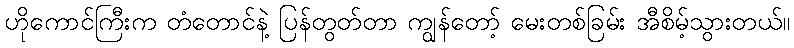
ဟိုကောင်ကြီးက တံတောင်နဲ့ ပြန်တွတ်တာ ကျွန်တော့် မေးတစ်ခြမ်း အီစိမ့်သွားတယ်။